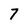
Character: 7